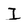
Character: I